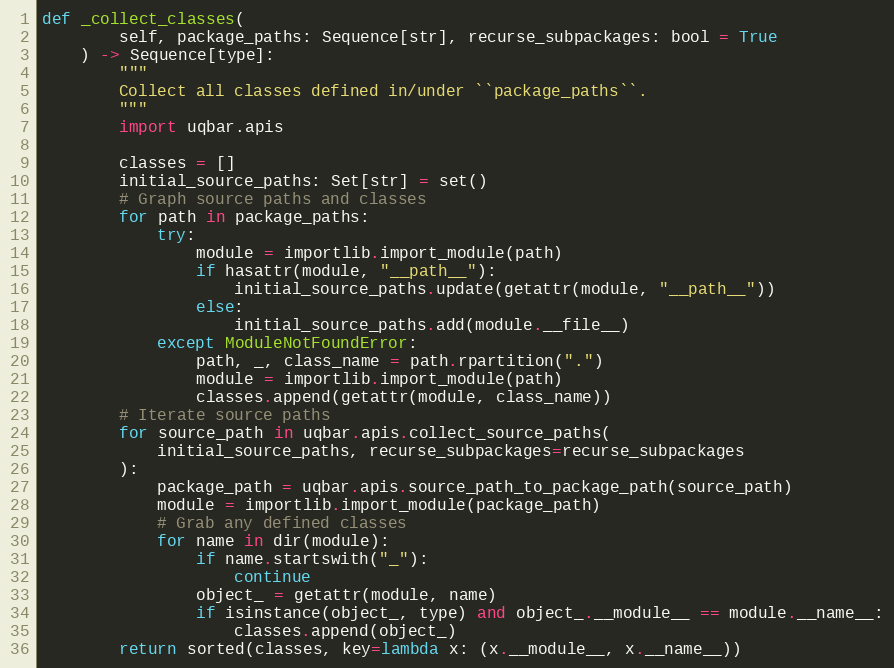
Language: Python
def _collect_classes(
        self, package_paths: Sequence[str], recurse_subpackages: bool = True
    ) -> Sequence[type]:
        """
        Collect all classes defined in/under ``package_paths``.
        """
        import uqbar.apis

        classes = []
        initial_source_paths: Set[str] = set()
        # Graph source paths and classes
        for path in package_paths:
            try:
                module = importlib.import_module(path)
                if hasattr(module, "__path__"):
                    initial_source_paths.update(getattr(module, "__path__"))
                else:
                    initial_source_paths.add(module.__file__)
            except ModuleNotFoundError:
                path, _, class_name = path.rpartition(".")
                module = importlib.import_module(path)
                classes.append(getattr(module, class_name))
        # Iterate source paths
        for source_path in uqbar.apis.collect_source_paths(
            initial_source_paths, recurse_subpackages=recurse_subpackages
        ):
            package_path = uqbar.apis.source_path_to_package_path(source_path)
            module = importlib.import_module(package_path)
            # Grab any defined classes
            for name in dir(module):
                if name.startswith("_"):
                    continue
                object_ = getattr(module, name)
                if isinstance(object_, type) and object_.__module__ == module.__name__:
                    classes.append(object_)
        return sorted(classes, key=lambda x: (x.__module__, x.__name__))